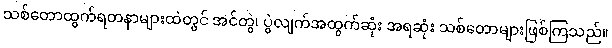
သစ်တောထွက်ရတနာများထဲတွင် အင်တွဲ၊ ပွဲလျက်အထွက်ဆုံး အရဆုံး သစ်တောများဖြစ်ကြသည်။